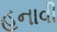
હનાવી